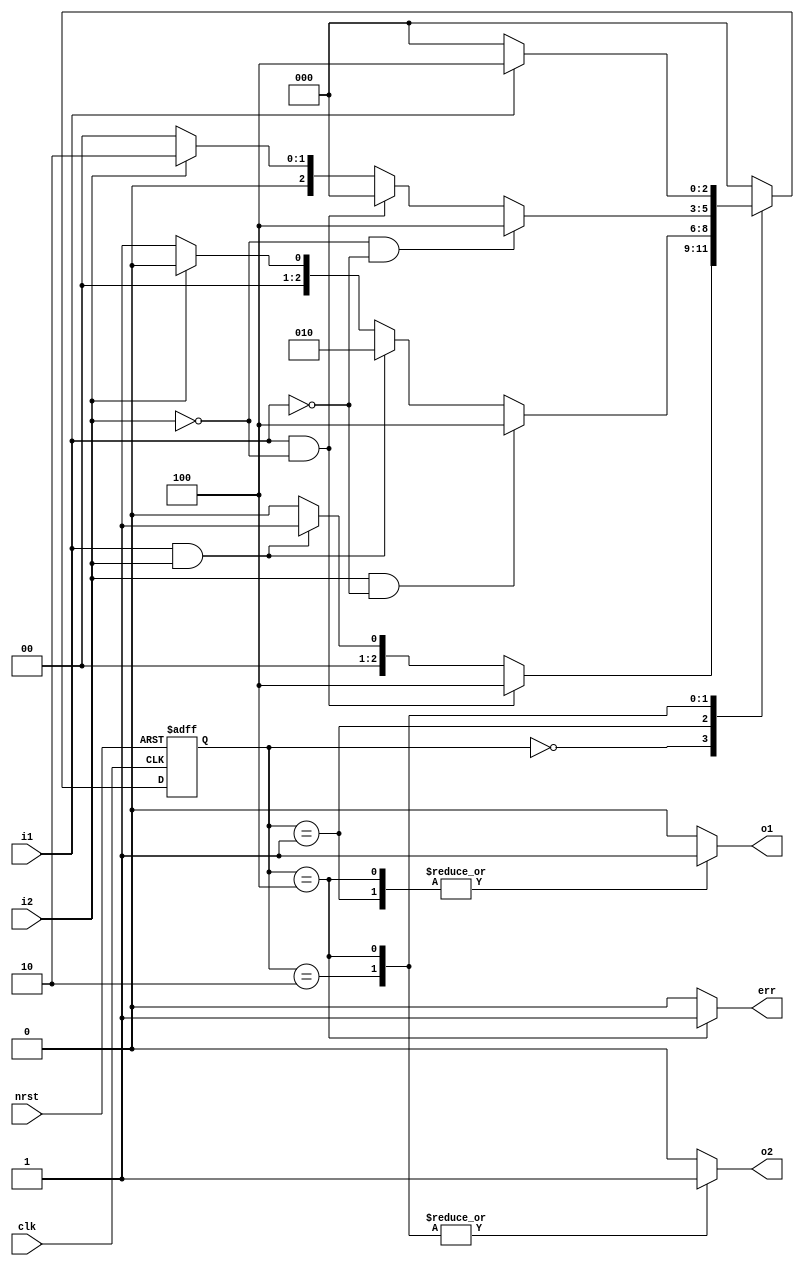
//
// 2-paragraph method to describe FSM 
//
//(1) Describe sequential state transition in 1 sequential always block 
//(2) State transition conditions & state output in the other combinational 
//    always block 
module sm_para_2_task ( 
  nrst,
  clk, 
  i1,
  i2, 
  o1,
  o2, 
  err 
); 
              
  input          nrst;
  input          clk; 
  input          i1; 
  input          i2; 
  output         o1; 
  output         o2; 
  output         err; 
  
  reg            o1;
  reg            o2;
  reg            err; 
  
  reg    [2:0]   cs; // current_state
  reg    [2:0]   ns; // next state
  parameter [2:0]    // one hot with zero idle 
        IDLE   = 3'b000, 
        S1     = 3'b001, 
        S2     = 3'b010, 
        ERROR  = 3'b100; 
  
  //
  // sequential state transition 
  //
  always @( posedge clk or negedge nrst ) begin
    if ( !nrst ) begin             
      cs <= IDLE;         
    end                   
    else begin                  
      cs <= ns;            
    end                   
  end
  
  //
  // Use output task to package state output
  //
  task IDLE_out; 
    {o1,o2,err} = 3'b000; 
  endtask 
  
  task S1_out; 
    {o1,o2,err} = 3'b100; 
  endtask 
  
  task S2_out; 
    {o1,o2,err} = 3'b010; 
  endtask 
  
  task ERROR_out; 
    {o1,o2,err} = 3'b111; 
  endtask 
  
  //
  // combinational state transition condition judgment & state output
  //
  always @( cs or i1 or i2 ) begin
    ns = IDLE; 
    IDLE_out; 
    case ( cs ) 
      IDLE : begin 
        IDLE_out; 
        if ( ~i1 ) begin 
          ns  = IDLE; 
        end 
        if ( i1 && i2 ) begin
          ns  = S1; 
        end 
        if ( i1 && ~i2 ) begin
          ns  = ERROR; 
        end 
      end 
      S1 : begin 
        S1_out; 
        if ( ~i2 ) begin
          ns  = S1; 
        end 
        if ( i2 && i1 ) begin
          ns  = S2; 
        end 
        if ( i2 && ( ~i1 ) ) begin
          ns  = ERROR; 
        end 
      end 
      S2 : begin 
        S2_out; 
        if ( i2 ) begin
          ns  = S2; 
        end 
        if ( ~i2 && i1 ) begin
          ns  = IDLE; 
        end 
        if ( ~i2 && ( ~i1 ) ) begin
          ns  = ERROR; 
        end 
      end 
      ERROR : begin 
        ERROR_out; 
        if ( i1 ) begin
          ns  = ERROR; 
        end 
        if ( ~i1 ) begin
          ns  = IDLE; 
        end 
      end 
    endcase 
  end
  
endmodule